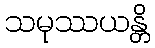
သမုဿယန္တိ